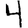
Digit: 4